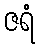
ဇရံ